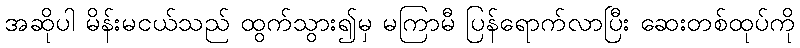
အဆိုပါ မိန်းမငယ်သည် ထွက်သွား၍မှ မကြာမီ ပြန်ရောက်လာပြီး ဆေးတစ်ထုပ်ကို